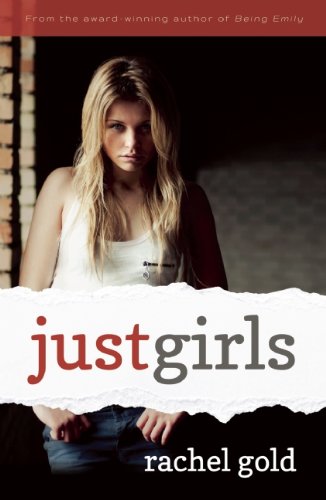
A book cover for Just Girls; Rachel Gold; Teen & Young Adult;